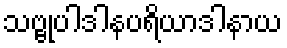
သဗ္ဗုပါဒါနပရိယာဒါနာယ